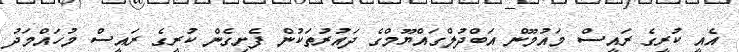
އެއީ ކުރީގެ ރައީސް މައުމޫން އަބްދުލްގައްޔޫމްގެ ދައުރުތަކުން ފެށިގެން ކުރީގެ ރައީސް މުހައްމަދު